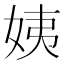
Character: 姨